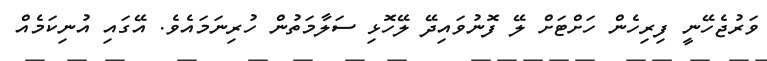
ވަރުޖެހޭނީ ފިރިހެން ހަށްޓަށް ލޭ ފޮނުވައިދޭ ލޭހޮޅި ސަލާމަތުން ހުރިނަމައެވެ. އޭގައި އުނިކަމެއް